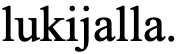
lukijalla.